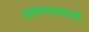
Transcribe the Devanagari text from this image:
वाचनालयांची